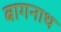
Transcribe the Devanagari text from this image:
बागनाथ